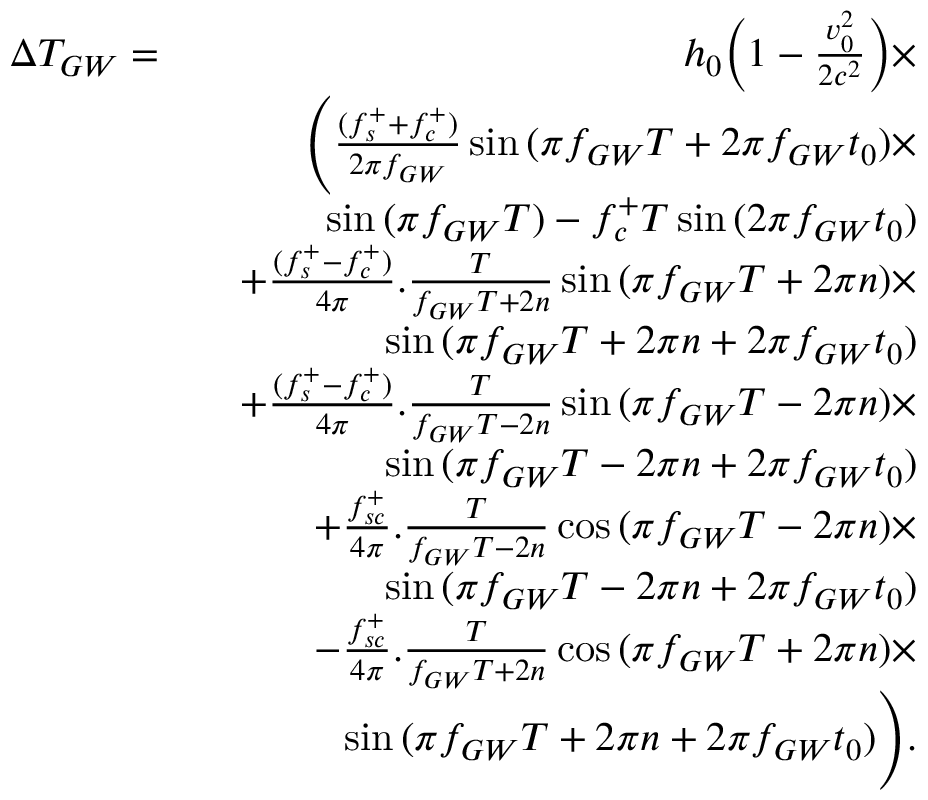
\begin{array} { r l r } { \Delta T _ { G W } = } & { } & { h _ { 0 } \Bigl ( 1 - \frac { v _ { 0 } ^ { 2 } } { 2 c ^ { 2 } } \Bigr ) \times } \\ & { } & { \Biggl ( \frac { ( f _ { s } ^ { + } + f _ { c } ^ { + } ) } { 2 \pi f _ { G W } } \sin { ( \pi f _ { G W } T + 2 \pi f _ { G W } t _ { 0 } ) } \times } \\ & { } & { \sin { ( \pi f _ { G W } T ) } - f _ { c } ^ { + } T \sin { ( 2 \pi f _ { G W } t _ { 0 } ) } } \\ & { } & { + \frac { ( f _ { s } ^ { + } - f _ { c } ^ { + } ) } { 4 \pi } . \frac { T } { f _ { G W } T + 2 n } \sin { ( \pi f _ { G W } T + 2 \pi n ) } \times } \\ & { } & { \sin { ( \pi f _ { G W } T + 2 \pi n + 2 \pi f _ { G W } t _ { 0 } ) } } \\ & { } & { + \frac { ( f _ { s } ^ { + } - f _ { c } ^ { + } ) } { 4 \pi } . \frac { T } { f _ { G W } T - 2 n } \sin { ( \pi f _ { G W } T - 2 \pi n ) } \times } \\ & { } & { \sin { ( \pi f _ { G W } T - 2 \pi n + 2 \pi f _ { G W } t _ { 0 } ) } } \\ & { } & { + \frac { f _ { s c } ^ { + } } { 4 \pi } . \frac { T } { f _ { G W } T - 2 n } \cos { ( \pi f _ { G W } T - 2 \pi n ) } \times } \\ & { } & { \sin { ( \pi f _ { G W } T - 2 \pi n + 2 \pi f _ { G W } t _ { 0 } ) } } \\ & { } & { - \frac { f _ { s c } ^ { + } } { 4 \pi } . \frac { T } { f _ { G W } T + 2 n } \cos { ( \pi f _ { G W } T + 2 \pi n ) } \times } \\ & { } & { \sin { ( \pi f _ { G W } T + 2 \pi n + 2 \pi f _ { G W } t _ { 0 } ) } \Biggr ) . } \end{array}